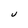
Character: U